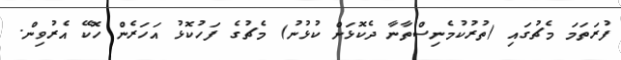
ފުރަތަމަ މެޗުގައި (ތުރުކުމެނިސްތާނާ ދެކޮޅަށް ކުޅުނު) މެޗުގެ ފަހުކޮޅު އަހަރެން ހޮކޭ އެރުވިން.